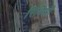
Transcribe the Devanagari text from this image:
रिबिसी